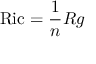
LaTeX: \operatorname { R i c } = { \frac { 1 } { n } } R g